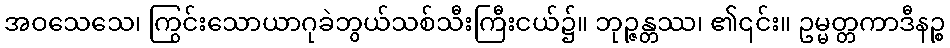
အဝသေသေ၊ ကြွင်းသောယာဂုခဲဘွယ်သစ်သီးကြီးငယ်၌။ ဘုဉ္ဇန္တဿ၊ ၏၎င်း။ ဥမ္မတ္တကာဒီနဉ္စ